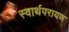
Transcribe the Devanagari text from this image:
स्वार्थपरायण